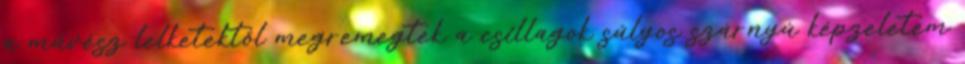
a művész lelketektől megremegtek a csillagok súlyos szárnyú képzeletem